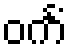
ဝင်္ကံ